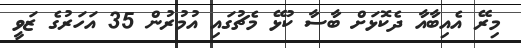
މިރޭ އެއިބާއާ ދެކޮޅަށް ބާސާ ކުޅޭ މެޗުގައި އުމުރުން 35 އަހަރުގެ ޒަވީ